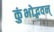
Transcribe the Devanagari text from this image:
कुंभोद्भवन्